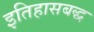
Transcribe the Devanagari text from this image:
इतिहासबद्ध